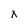
Character: x